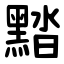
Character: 䵬